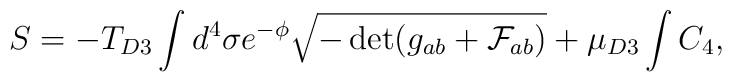
S = - T_{D3} \int d^4\sigma e^{-\phi} \sqrt{-\det (g_{ab} + \mathcal{F}_{ab})} + \mu_{D3} \int C_4,